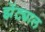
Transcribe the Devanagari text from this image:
झेंट्याल